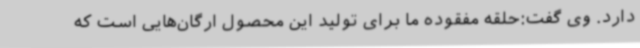
دارد. وی گفت:حلقه مفقوده ما برای تولید این محصول ارگان‌هایی است که